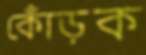
কোঁড়ক